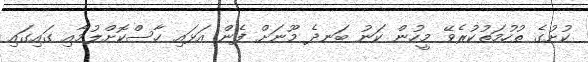
ކުށުގެ ތުހުމަތުކުރެވޭ މީހުން ކަނު ބަނދެ މޫނަށް ފެން އަޅައި ހާސްކޮށްލުމާއި ގައިގައި